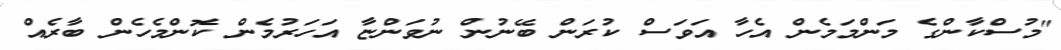
"މުސްކާންގެ މަންމަމެން އެހާ އަވަސް ކުރަން ބޭނުން ނުވަންޏާ އަހަރުމެން ކޮންމެހެން ބާރެއް